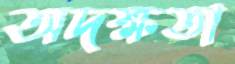
অদক্ষতা